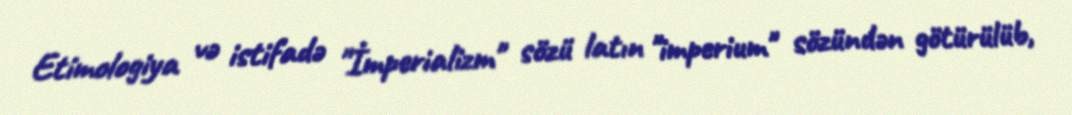
Etimologiya və istifadə "İmperializm" sözü latın "imperium" sözündən götürülüb,